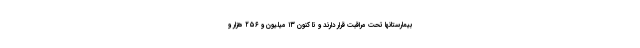
بیمارستانها تحت مراقبت قرار دارند و تا کنون ۱۳ میلیون و ۲۵۶ هزار و